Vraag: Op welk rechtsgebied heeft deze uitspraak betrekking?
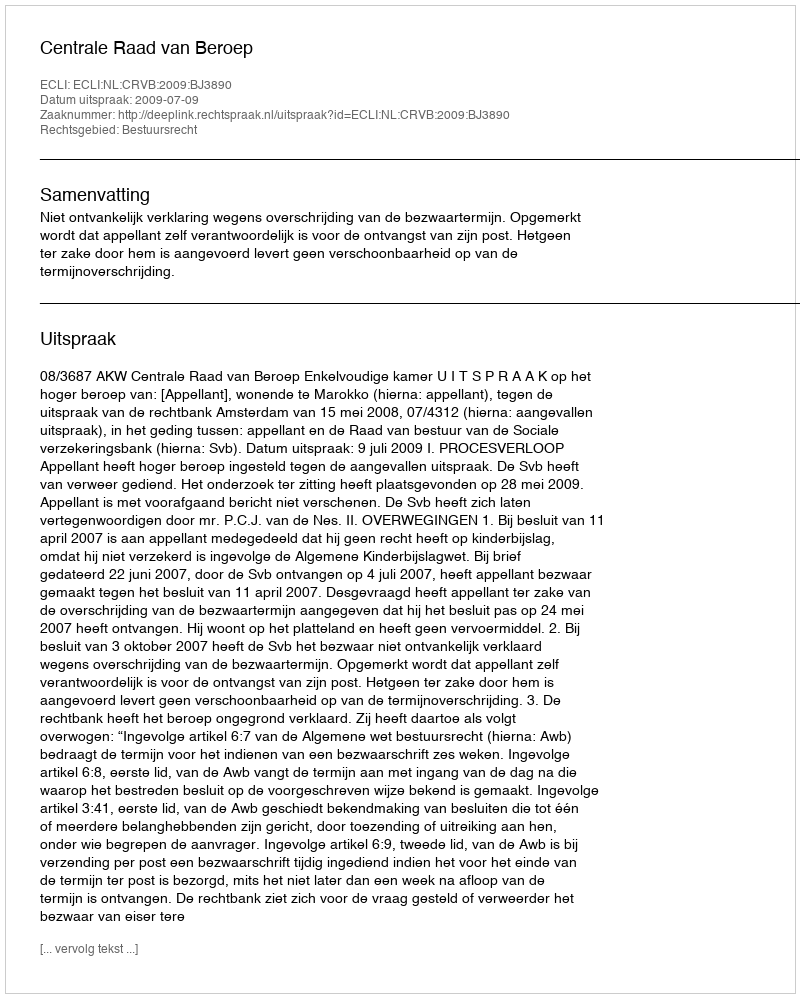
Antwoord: Bestuursrecht